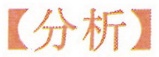
分析